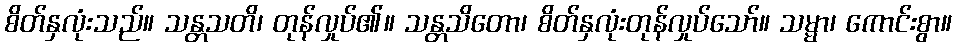
စိတ်နှလုံးသည်။ သန္တသတိ၊ တုန်လှုပ်၏။ သန္တသိတော၊ စိတ်နှလုံးတုန်လှုပ်သော်။ သမ္မာ၊ ကောင်းစွာ။